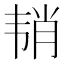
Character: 𱂉